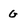
Character: G